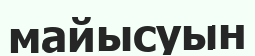
майысуын